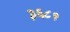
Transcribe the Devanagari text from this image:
३६८१